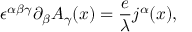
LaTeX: \epsilon ^ { \alpha \beta \gamma } \partial _ { \beta } A _ { \gamma } ( x ) = \frac { e } { \lambda } j ^ { \alpha } ( x ) ,